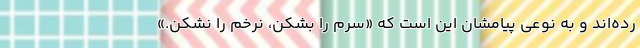
رده‌اند و به نوعی پیامشان این است که «سرم را بشکن، نرخم را نشکن.»